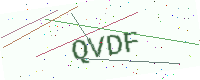
Text: QVDF